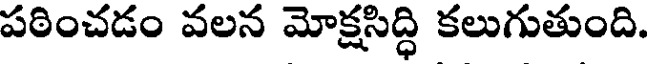
పఠించడం వలన మోక్షసిద్ధి కలుగుతుంది.